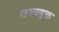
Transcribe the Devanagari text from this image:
रहस्ययुक्त